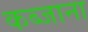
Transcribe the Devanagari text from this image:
कब्जाना